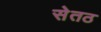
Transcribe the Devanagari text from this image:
सेतठ